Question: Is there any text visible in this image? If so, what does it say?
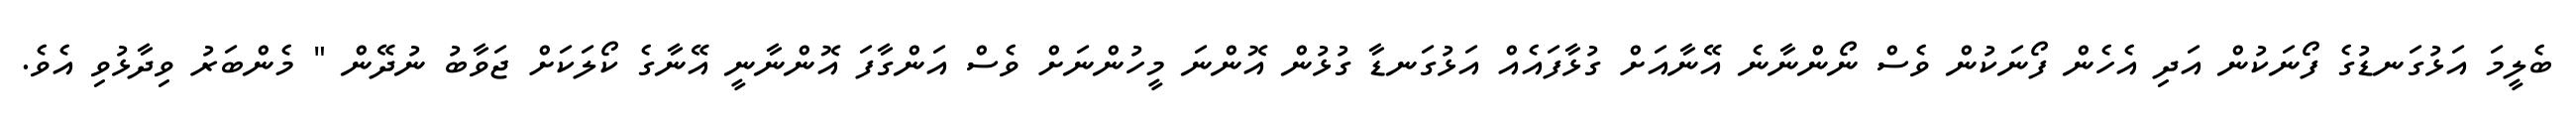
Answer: ބެލީމަ އަޅުގަނޑުގެ ފޯނަކުން އަދި އެހެން ފޯނަކުން ވެސް ނޯންނާނެ އޭނާއަށް ގުޅާފައެއް އަޅުގަނޑާ ގުޅުން އޮންނަ މީހުންނަށް ވެސް އަންގާފަ އޮންނާނީ އޭނާގެ ކޯލަކަށް ޖަވާބު ނުދޭން " މެންބަރު ވިދާޅުވި އެވެ.